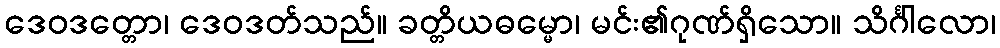
ဒေဝဒတ္တော၊ ဒေဝဒတ်သည်။ ခတ္တိယဓမ္မော၊ မင်း၏ဂုဏ်ရှိသော။ သိင်္ဂါလော၊